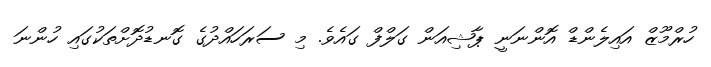
ހުރްމޫޒް އައިލެންޑް އޮންނަނީ ޕާޝިއަން ގަލްފް ގައެވެ. މި ސަރަހައްދުގެ ގޮނޑުދޮށްތަކުގައި ހުންނަ